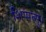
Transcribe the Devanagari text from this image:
शिप्पत्सु।